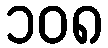
၁၀၈